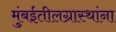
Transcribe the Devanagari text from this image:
मुंबईतीलग्रास्‍थांना